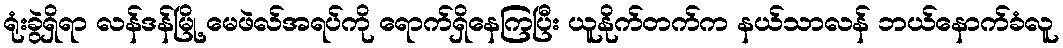
ရုံးခွဲရှိရာ လန်ဒန်မြို့ မေဖဲလ်အရပ်ကို ရောက်ရှိနေကြပြီး ယူနိုက်တက်က နယ်သာလန် ဘယ်နောက်ခံလူ